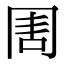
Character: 𠕛